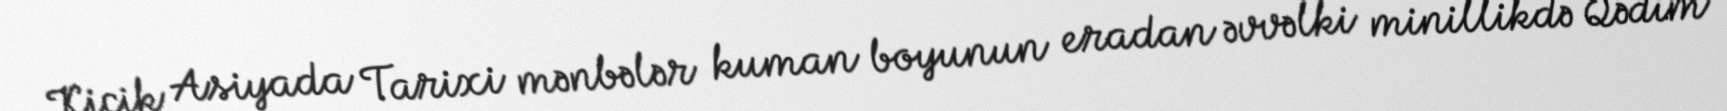
Kiçik Asiyada Tarixi mənbələr kuman boyunun eradan əvvəlki minillikdə Qədim